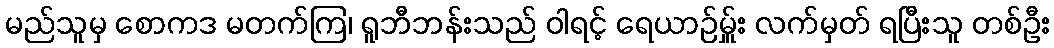
မည်သူမှ စောကဒ မတက်ကြ၊ ရူဘီဘန်းသည် ဝါရင့် ရေယာဉ်မ်ှူး လက်မှတ် ရပြီးသူ တစ်ဦး